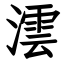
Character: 澐